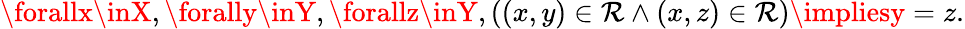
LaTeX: \forallx\inX,\forally\inY,\forallz\inY,((x,y)\in\mathcal{R}\land(x,z)\in\mathcal{R})\impliesy=z.